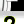
Digit: 2